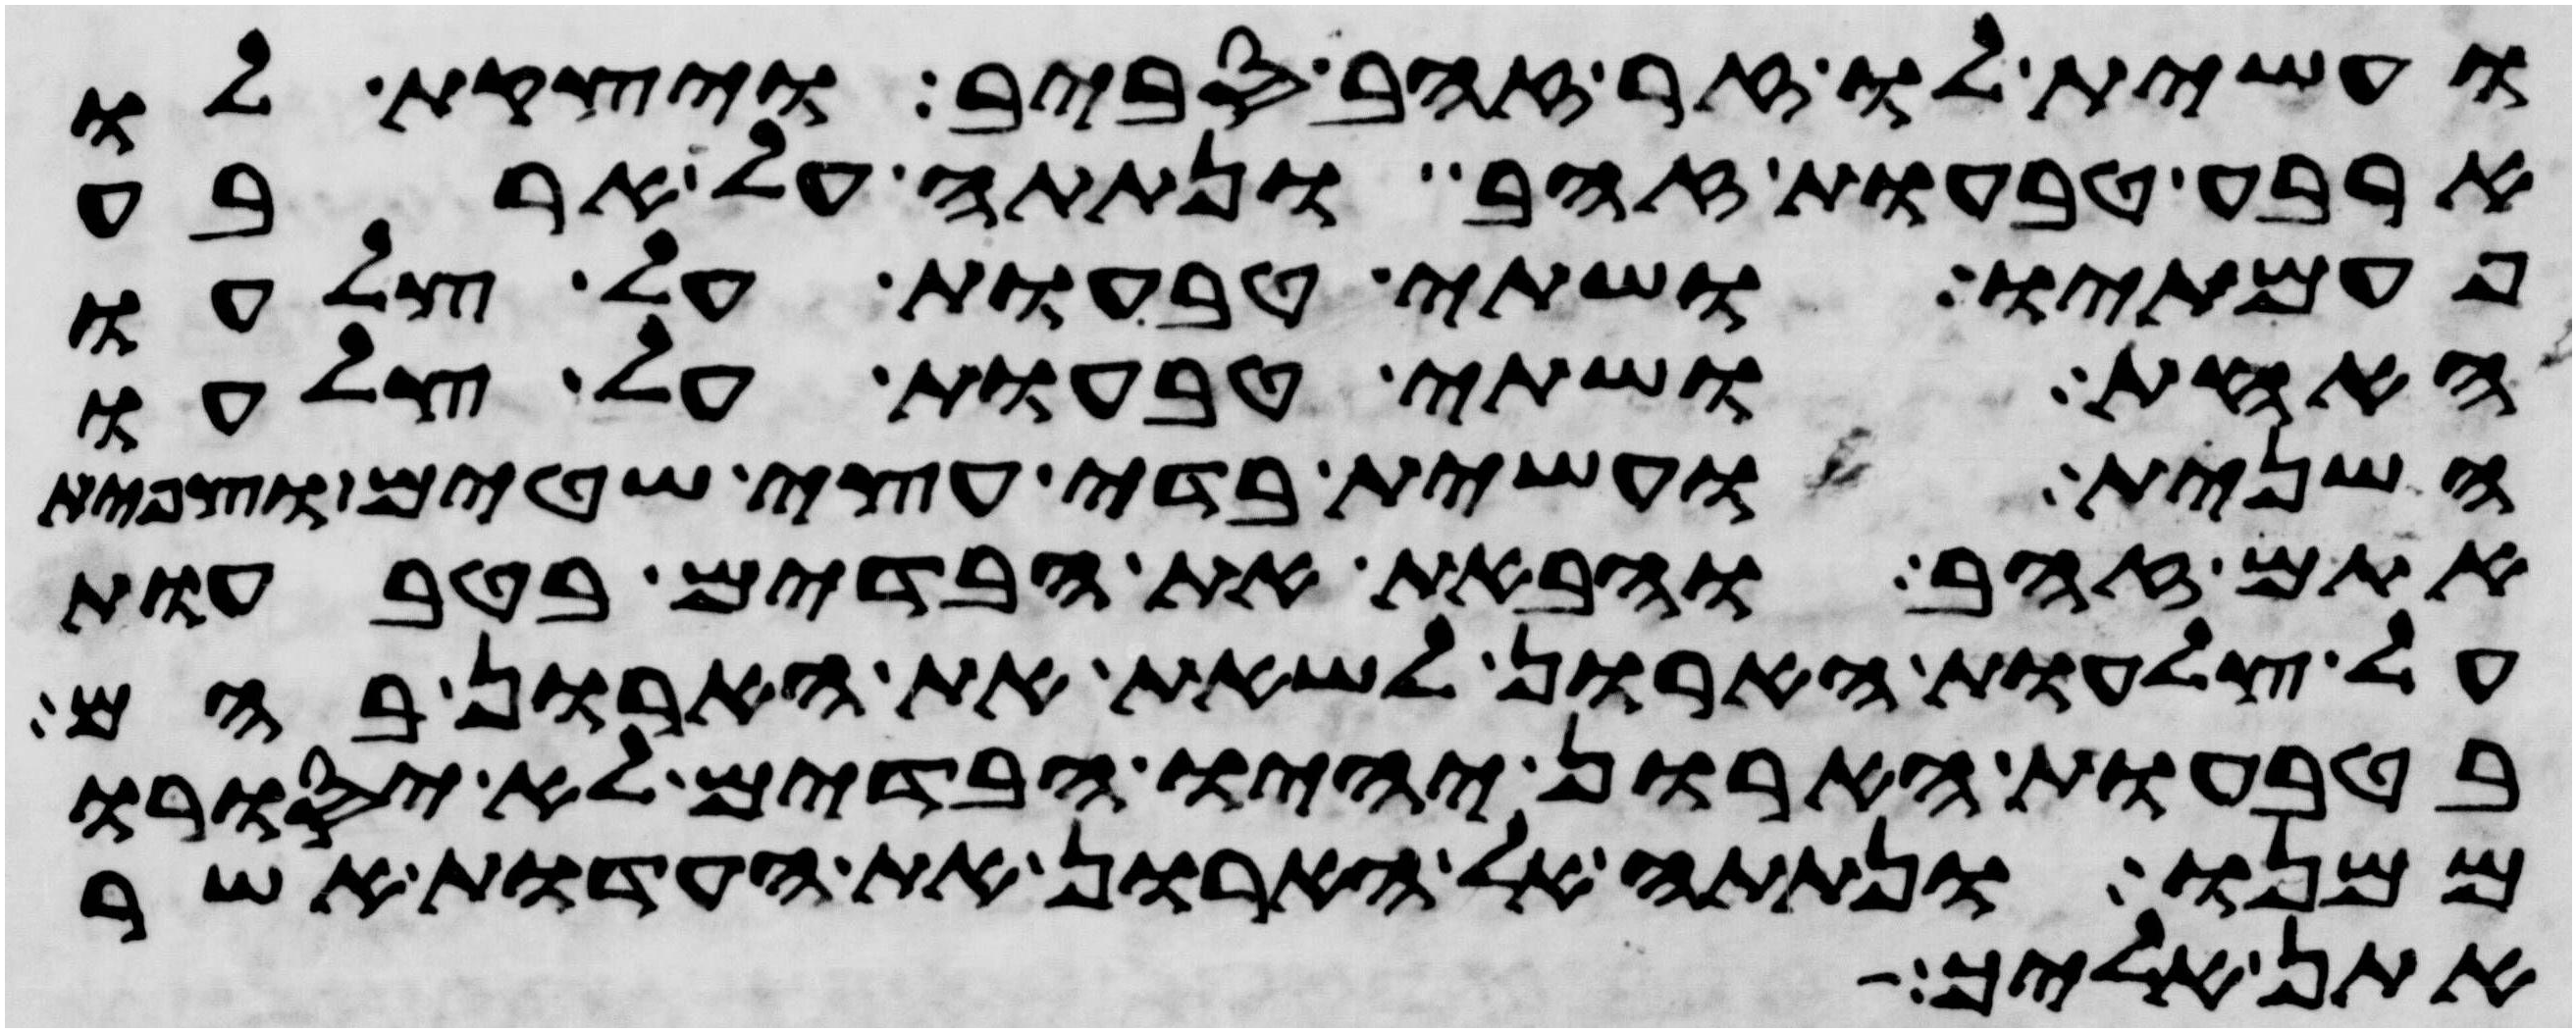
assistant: ועשית לו זר זהב סביב ויצקת לו
ארבע טבעות זהב ונתתה על ארבע
פעמתיו ושתי טבעות על צלעו
האחד ושתי טבעות על צלעו
השני ועשית בדי עצי שטים וצפית
אתם זהב והבאת את הבדים בטבעות
על צלעות הארון לשאת את הארון בהם
בטבעות הארון יהיו הבדים לא יסורו
ממנו ונתתה אל הארון את העדות אשר
אתן אליך